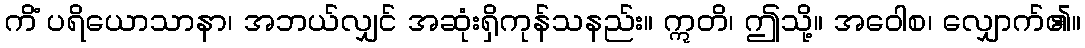
ကိံ ပရိယောသာနာ၊ အဘယ်လျှင် အဆုံးရှိကုန်သနည်း။ ဣတိ၊ ဤသို့။ အဝေါစ၊ လျှောက်၏။